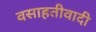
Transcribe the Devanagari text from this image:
वसाहतीवादी